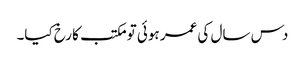
دس سال کی عمر ہوئی تو مکتب کا رخ کیا۔